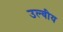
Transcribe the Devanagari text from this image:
उल्वीय